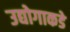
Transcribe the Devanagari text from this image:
उद्योगाकडे